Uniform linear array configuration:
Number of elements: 48
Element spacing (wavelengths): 0.5
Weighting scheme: uniform
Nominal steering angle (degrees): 60
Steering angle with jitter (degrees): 59.699
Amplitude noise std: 0.05
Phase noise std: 0.05

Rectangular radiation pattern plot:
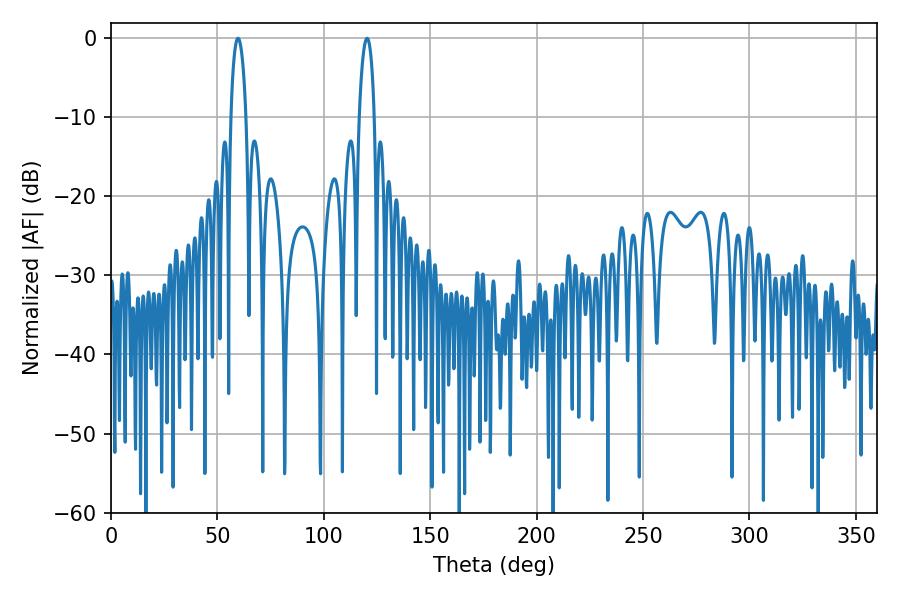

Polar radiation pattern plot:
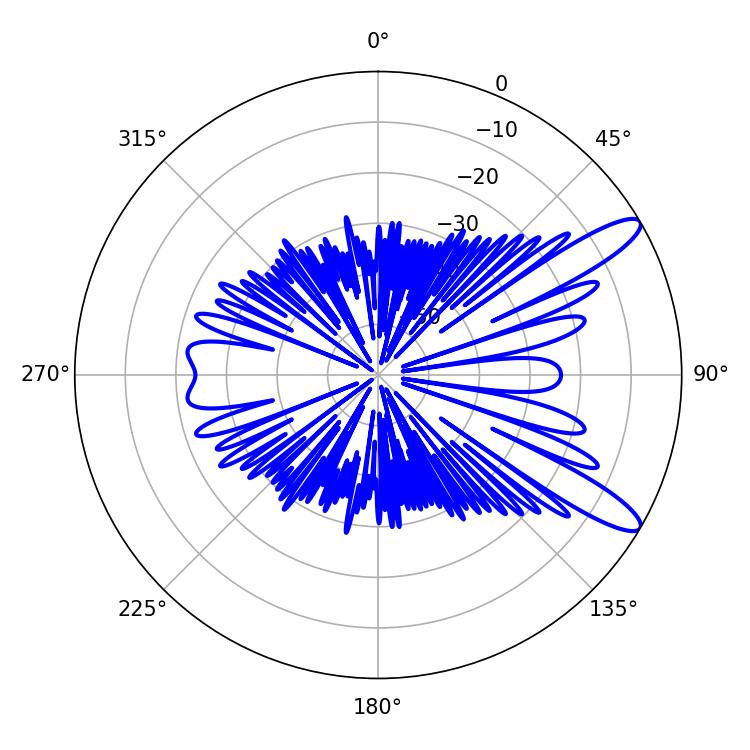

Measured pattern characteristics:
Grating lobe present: FALSE
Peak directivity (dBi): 11.604
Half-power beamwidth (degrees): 3.96
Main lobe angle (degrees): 59.76